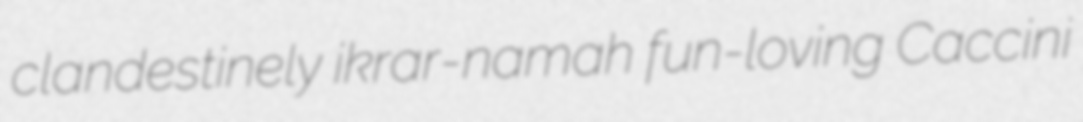
clandestinely ikrar-namah fun-loving Caccini